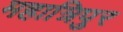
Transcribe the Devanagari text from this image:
महात्रिपुर